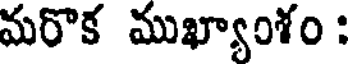
మరొక ముఖ్యాంశం :